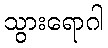
သွားရောဂါ